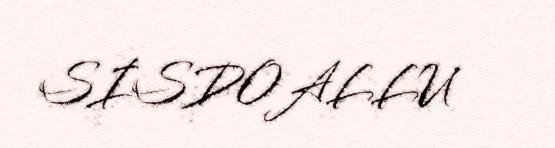
SISDOALLU